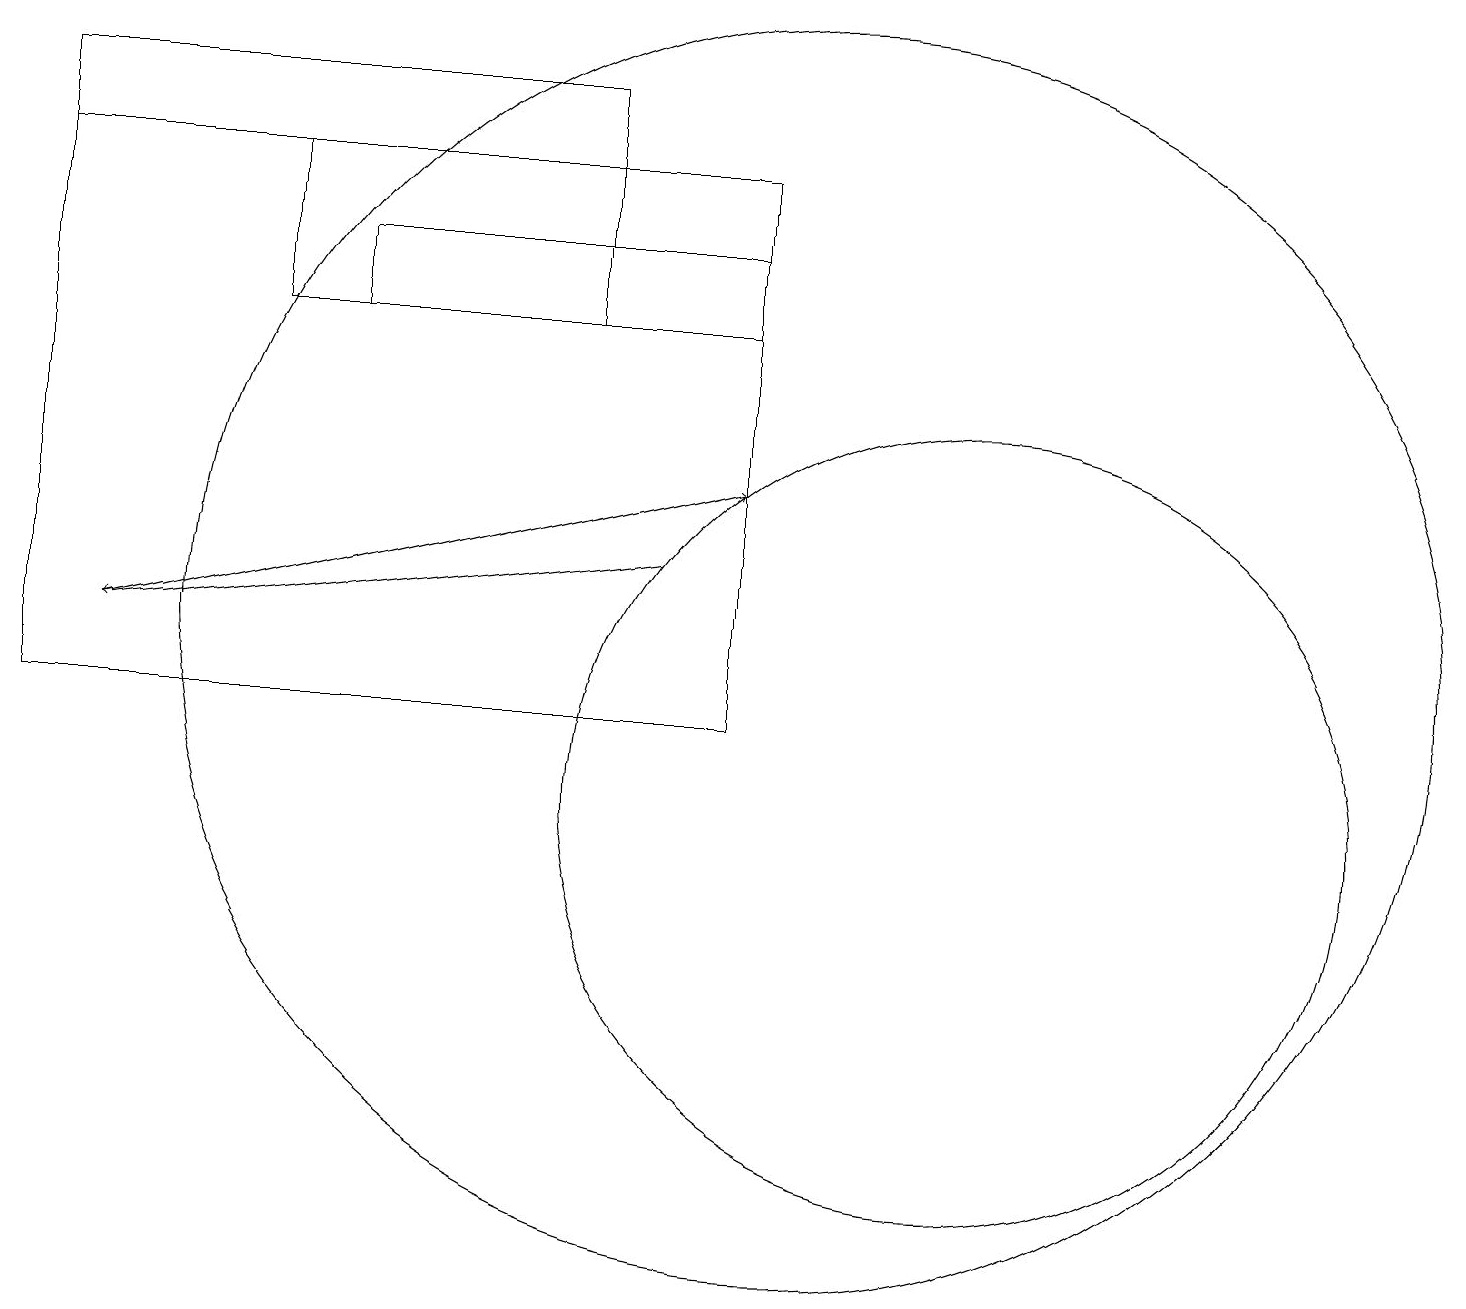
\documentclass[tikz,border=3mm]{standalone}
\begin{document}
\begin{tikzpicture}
\draw (0,19) rectangle (7,18);
\draw (9,16) rectangle (4,17);
\draw[->] (1,12) -- (9,14);
\draw[->] (8,13) -- (1,12);
\draw (10,12) circle (8);
\draw (12,10) circle (5);
\draw (9,11) rectangle (0,18);
\draw (7,18) rectangle (3,16);
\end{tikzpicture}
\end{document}